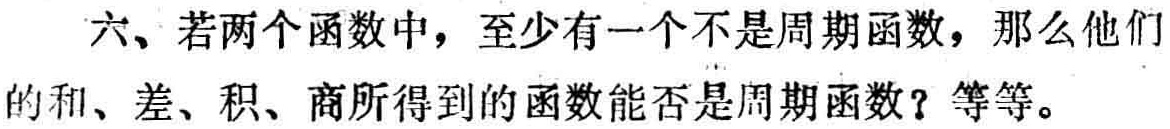
六、若两个函数中，至少有一个不是周期函数，那么他们的和、差、积、商所得到的函数能否是周期函数？等等。